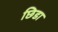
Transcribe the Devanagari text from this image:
छिडा